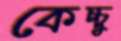
কেচ্চু